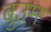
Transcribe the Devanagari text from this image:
बुउम